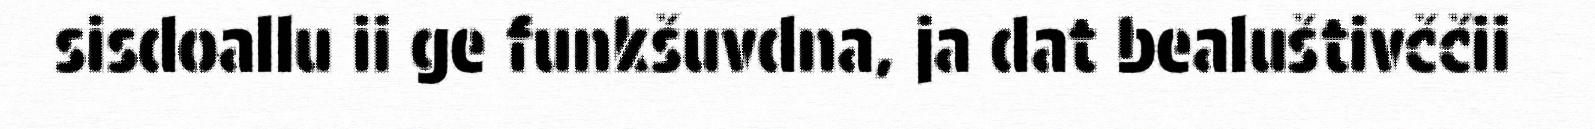
sisdoallu ii ge funkšuvdna, ja dat bealuštivččii